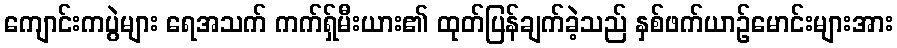
ကျောင်းကပွဲများ ရေအသက် ကက်ရှ်မီးယား၏ ထုတ်ပြန်ချက်ခဲ့သည် နှစ်ဖက်ယာဉ်မောင်းများအား